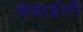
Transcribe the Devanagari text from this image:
कबाईली